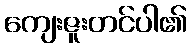
ကျေးဇူးတင်ပါ၏